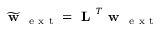
\widetilde { \textbf { w } } _ { \mathrm { ~ e ~ x ~ t ~ } } = \textbf { L } ^ { T } \textbf { w } _ { \mathrm { ~ e ~ x ~ t ~ } }